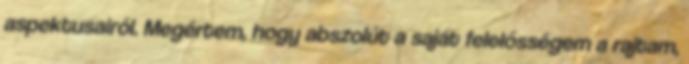
aspektusairól. Megértem, hogy abszolút a saját felelősségem a rajtam,